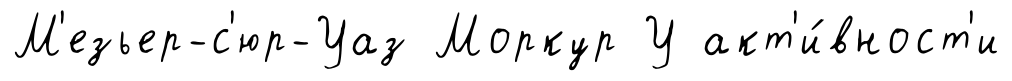
М'езьер-с'юр-Уаз Моркур У акт'и́вност'и